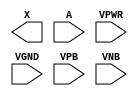
/**
 * Copyright 2020 The SkyWater PDK Authors
 *
 * Licensed under the Apache License, Version 2.0 (the "License");
 * you may not use this file except in compliance with the License.
 * You may obtain a copy of the License at
 *
 *     https://www.apache.org/licenses/LICENSE-2.0
 *
 * Unless required by applicable law or agreed to in writing, software
 * distributed under the License is distributed on an "AS IS" BASIS,
 * WITHOUT WARRANTIES OR CONDITIONS OF ANY KIND, either express or implied.
 * See the License for the specific language governing permissions and
 * limitations under the License.
 *
 * SPDX-License-Identifier: Apache-2.0
 */

`ifndef SKY130_FD_SC_LS__CLKBUF_PP_BLACKBOX_V
`define SKY130_FD_SC_LS__CLKBUF_PP_BLACKBOX_V

/**
 * clkbuf: Clock tree buffer.
 *
 * Verilog stub definition (black box with power pins).
 *
 * WARNING: This file is autogenerated, do not modify directly!
 */

`timescale 1ns / 1ps
`default_nettype none

(* blackbox *)
module sky130_fd_sc_ls__clkbuf (
    X   ,
    A   ,
    VPWR,
    VGND,
    VPB ,
    VNB
);

    output X   ;
    input  A   ;
    input  VPWR;
    input  VGND;
    input  VPB ;
    input  VNB ;
endmodule

`default_nettype wire
`endif  // SKY130_FD_SC_LS__CLKBUF_PP_BLACKBOX_V